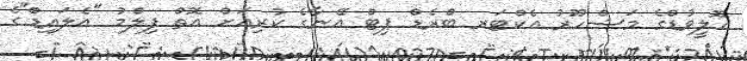
ހޮލީވުޑްގެ މަޝްހޫރު އެކްޓަރ ބްރެޑް ޕިޓް އޭނާގެ ކުރިއަށް އޮތް ފިލްމު "އެލައިޑް"ގެ